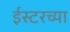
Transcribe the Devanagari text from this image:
ईस्टरच्या